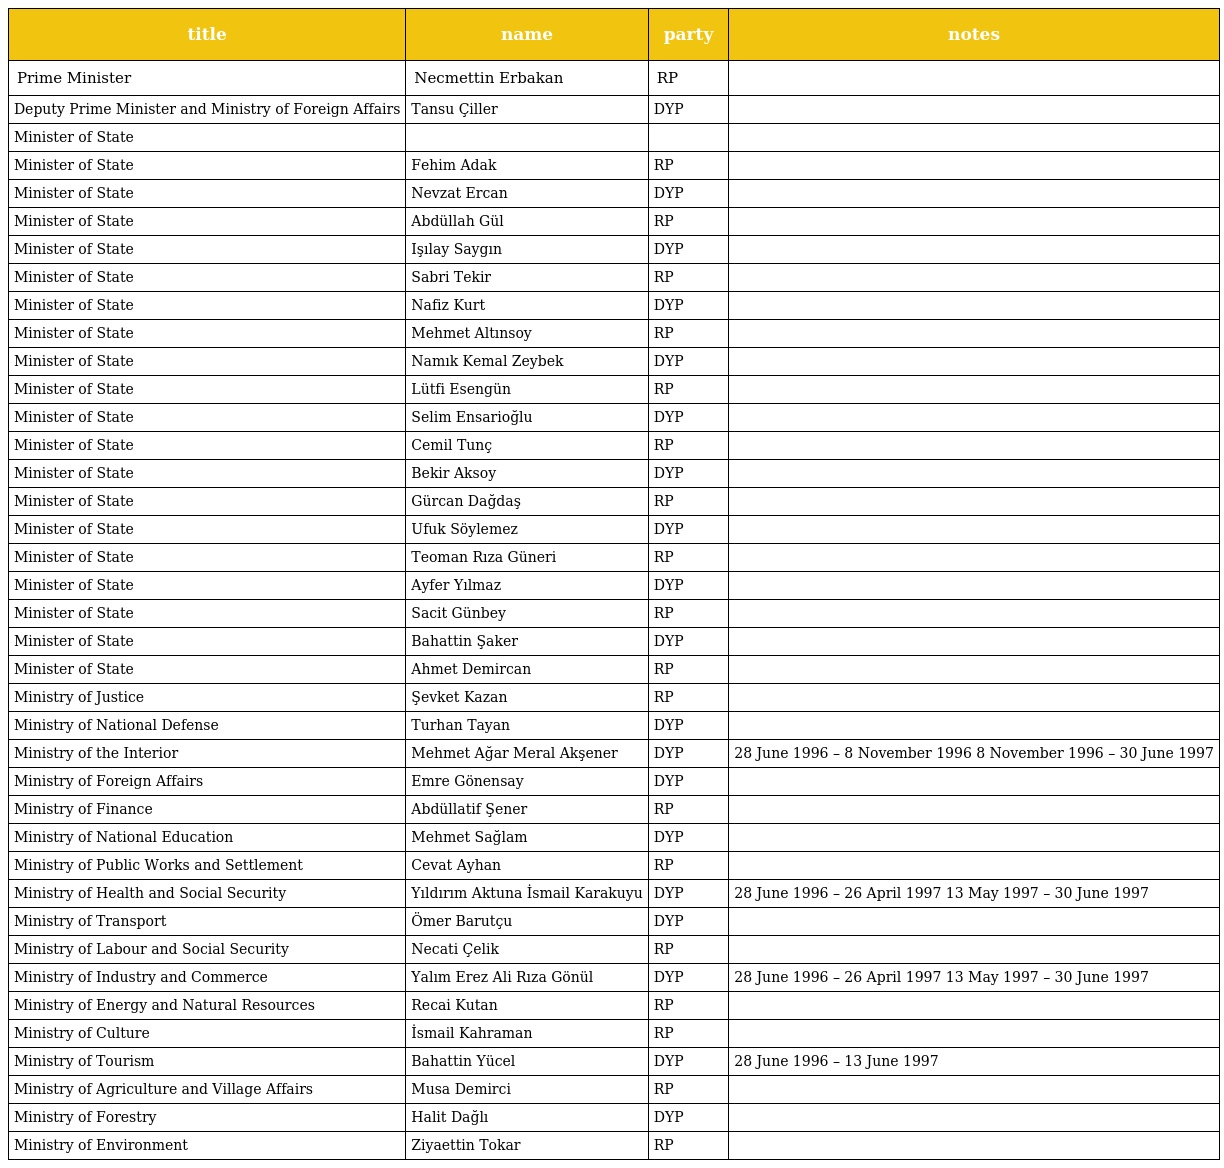
| title | name | party | notes |
 | --- | --- | --- | --- |
 | Prime Minister | Necmettin Erbakan | RP |  |
 | Deputy Prime Minister and Ministry of Foreign Affairs | Tansu Çiller | DYP |  |
 | Minister of State |  |  |  |
 | Minister of State | Fehim Adak | RP |  |
 | Minister of State | Nevzat Ercan | DYP |  |
 | Minister of State | Abdüllah Gül | RP |  |
 | Minister of State | Işılay Saygın | DYP |  |
 | Minister of State | Sabri Tekir | RP |  |
 | Minister of State | Nafiz Kurt | DYP |  |
 | Minister of State | Mehmet Altınsoy | RP |  |
 | Minister of State | Namık Kemal Zeybek | DYP |  |
 | Minister of State | Lütfi Esengün | RP |  |
 | Minister of State | Selim Ensarioğlu | DYP |  |
 | Minister of State | Cemil Tunç | RP |  |
 | Minister of State | Bekir Aksoy | DYP |  |
 | Minister of State | Gürcan Dağdaş | RP |  |
 | Minister of State | Ufuk Söylemez | DYP |  |
 | Minister of State | Teoman Rıza Güneri | RP |  |
 | Minister of State | Ayfer Yılmaz | DYP |  |
 | Minister of State | Sacit Günbey | RP |  |
 | Minister of State | Bahattin Şaker | DYP |  |
 | Minister of State | Ahmet Demircan | RP |  |
 | Ministry of Justice | Şevket Kazan | RP |  |
 | Ministry of National Defense | Turhan Tayan | DYP |  |
 | Ministry of the Interior | Mehmet Ağar Meral Akşener | DYP | 28 June 1996 – 8 November 1996 8 November 1996 – 30 June 1997 |
 | Ministry of Foreign Affairs | Emre Gönensay | DYP |  |
 | Ministry of Finance | Abdüllatif Şener | RP |  |
 | Ministry of National Education | Mehmet Sağlam | DYP |  |
 | Ministry of Public Works and Settlement | Cevat Ayhan | RP |  |
 | Ministry of Health and Social Security | Yıldırım Aktuna İsmail Karakuyu | DYP | 28 June 1996 – 26 April 1997 13 May 1997 – 30 June 1997 |
 | Ministry of Transport | Ömer Barutçu | DYP |  |
 | Ministry of Labour and Social Security | Necati Çelik | RP |  |
 | Ministry of Industry and Commerce | Yalım Erez Ali Rıza Gönül | DYP | 28 June 1996 – 26 April 1997 13 May 1997 – 30 June 1997 |
 | Ministry of Energy and Natural Resources | Recai Kutan | RP |  |
 | Ministry of Culture | İsmail Kahraman | RP |  |
 | Ministry of Tourism | Bahattin Yücel | DYP | 28 June 1996 – 13 June 1997 |
 | Ministry of Agriculture and Village Affairs | Musa Demirci | RP |  |
 | Ministry of Forestry | Halit Dağlı | DYP |  |
 | Ministry of Environment | Ziyaettin Tokar | RP |  |